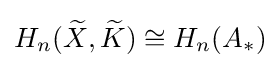
H_{n}({\widetilde {X}},{\widetilde {K}})\cong H_{n}(A_{*})